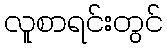
လူစာရင်းတွင်